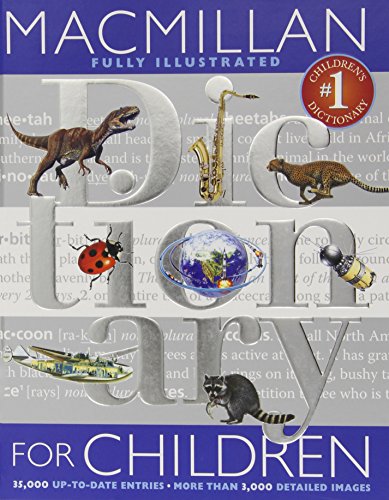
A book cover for Macmillan Dictionary for Children; Simon & Schuster; Children's Books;